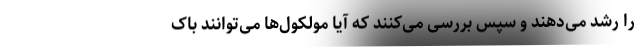
را رشد می‌دهند و سپس بررسی می‌کنند که آیا مولکول‌ها می‌توانند باک